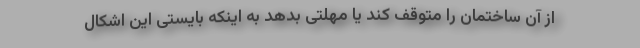
از آن ساختمان را متوقف کند یا مهلتی بدهد به اینکه بایستی این اشکال